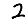
Digit: 2